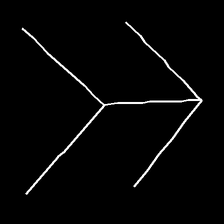
Glyph: gather